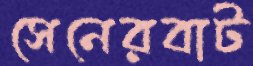
সেনেরবাট